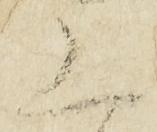
上